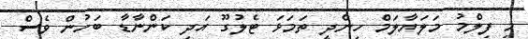
މި ފިލްމު މަލަޔާލަމް ހިންދީ ތަމަޅަ ޓެލުގޫ އަދި ކަންނާޑާ ބަހުން ވެސް